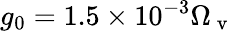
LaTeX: g_{0}=1.5\times 10^{-3}\Omega_{\mathrm{~v~}}